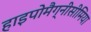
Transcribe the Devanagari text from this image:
हाइपोमैग्नीसीमिया